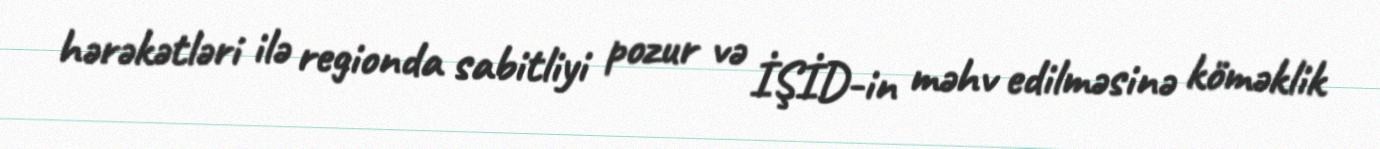
hərəkətləri ilə regionda sabitliyi pozur və İŞİD-in məhv edilməsinə köməklik